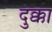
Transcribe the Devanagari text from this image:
दुक्का